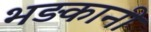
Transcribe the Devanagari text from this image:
भड़कानी